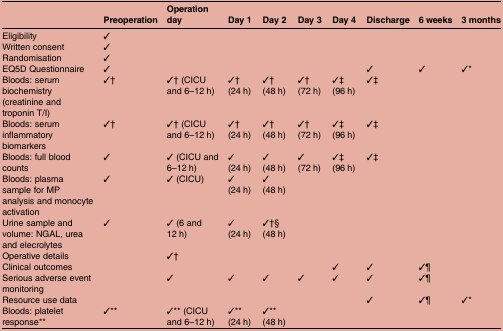
<table><thead><tr><td>[EMPTY_CELL]</td><td><b>Preoperation</b></td><td><b>Operation day</b></td><td><b>Day 1</b></td><td><b>Day 2</b></td><td><b>Day 3</b></td><td><b>Day 4</b></td><td><b>Discharge</b></td><td><b>6 weeks</b></td><td><b>3 months</b></td></tr></thead><tbody><tr><td>Eligibility</td><td>✓</td><td>[EMPTY_CELL]</td><td>[EMPTY_CELL]</td><td>[EMPTY_CELL]</td><td>[EMPTY_CELL]</td><td>[EMPTY_CELL]</td><td>[EMPTY_CELL]</td><td>[EMPTY_CELL]</td><td>[EMPTY_CELL]</td></tr><tr><td>Written consent</td><td>✓</td><td>[EMPTY_CELL]</td><td>[EMPTY_CELL]</td><td>[EMPTY_CELL]</td><td>[EMPTY_CELL]</td><td>[EMPTY_CELL]</td><td>[EMPTY_CELL]</td><td>[EMPTY_CELL]</td><td>[EMPTY_CELL]</td></tr><tr><td>Randomisation</td><td>✓</td><td>[EMPTY_CELL]</td><td>[EMPTY_CELL]</td><td>[EMPTY_CELL]</td><td>[EMPTY_CELL]</td><td>[EMPTY_CELL]</td><td>[EMPTY_CELL]</td><td>[EMPTY_CELL]</td><td>[EMPTY_CELL]</td></tr><tr><td>EQ5D Questionnaire</td><td>✓</td><td>[EMPTY_CELL]</td><td>[EMPTY_CELL]</td><td>[EMPTY_CELL]</td><td>[EMPTY_CELL]</td><td>[EMPTY_CELL]</td><td>✓</td><td>✓</td><td>✓*</td></tr><tr><td>Bloods: serum biochemistry (creatinine and troponin T/I)</td><td>✓†</td><td>✓† (CICU and 6–12 h)</td><td>✓† (24 h)</td><td>✓† (48 h)</td><td>✓† (72 h)</td><td>✓‡ (96 h)</td><td>✓‡</td><td>[EMPTY_CELL]</td><td>[EMPTY_CELL]</td></tr><tr><td>Bloods: serum inflammatory biomarkers</td><td>✓†</td><td>✓† (CICU and 6–12 h)</td><td>✓† (24 h)</td><td>✓† (48 h)</td><td>✓† (72 h)</td><td>✓‡ (96 h)</td><td>✓‡</td><td>[EMPTY_CELL]</td><td>[EMPTY_CELL]</td></tr><tr><td>Bloods: full blood counts</td><td>✓</td><td>✓ (CICU and 6–12 h)</td><td>✓ (24 h)</td><td>✓ (48 h)</td><td>✓ (72 h)</td><td>✓‡ (96 h)</td><td>✓‡</td><td>[EMPTY_CELL]</td><td>[EMPTY_CELL]</td></tr><tr><td>Bloods: plasma sample for MP analysis and monocyte activation</td><td>✓</td><td>✓ (CICU)</td><td>✓ (24 h)</td><td>✓ (48 h)</td><td>[EMPTY_CELL]</td><td>[EMPTY_CELL]</td><td>[EMPTY_CELL]</td><td>[EMPTY_CELL]</td><td>[EMPTY_CELL]</td></tr><tr><td>Urine sample and volume: NGAL, urea and elecrolytes</td><td>✓</td><td>✓ (6 and 12 h)</td><td>✓ (24 h)</td><td>✓†§ (48 h)</td><td>[EMPTY_CELL]</td><td>[EMPTY_CELL]</td><td>[EMPTY_CELL]</td><td>[EMPTY_CELL]</td><td>[EMPTY_CELL]</td></tr><tr><td>Operative details</td><td>[EMPTY_CELL]</td><td>✓†</td><td>[EMPTY_CELL]</td><td>[EMPTY_CELL]</td><td>[EMPTY_CELL]</td><td>[EMPTY_CELL]</td><td>[EMPTY_CELL]</td><td>[EMPTY_CELL]</td><td>[EMPTY_CELL]</td></tr><tr><td>Clinical outcomes</td><td>[EMPTY_CELL]</td><td>[EMPTY_CELL]</td><td>[EMPTY_CELL]</td><td>[EMPTY_CELL]</td><td>[EMPTY_CELL]</td><td>✓</td><td>✓</td><td>✓¶</td><td>[EMPTY_CELL]</td></tr><tr><td>Serious adverse event monitoring</td><td>[EMPTY_CELL]</td><td>✓</td><td>✓</td><td>✓</td><td>✓</td><td>✓</td><td>✓</td><td>✓¶</td><td>[EMPTY_CELL]</td></tr><tr><td>Resource use data</td><td>[EMPTY_CELL]</td><td>[EMPTY_CELL]</td><td>[EMPTY_CELL]</td><td>[EMPTY_CELL]</td><td>[EMPTY_CELL]</td><td>[EMPTY_CELL]</td><td>✓</td><td>✓¶</td><td>✓*</td></tr><tr><td>Bloods: platelet response**</td><td>✓**</td><td>✓** (CICU and 6–12 h)</td><td>✓** (24 h)</td><td>✓** (48 h)</td><td>[EMPTY_CELL]</td><td>[EMPTY_CELL]</td><td>[EMPTY_CELL]</td><td>[EMPTY_CELL]</td><td>[EMPTY_CELL]</td></tr></tbody></table>